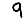
Digit: 9